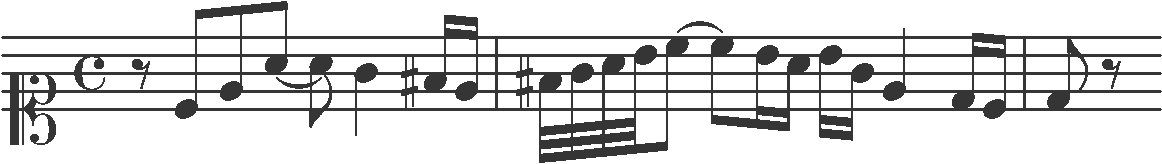
Transcription: clef-C1 timeSignature-C rest-eighth note-C4_eighth note-E4_eighth note-A4_eighth note-A4_eighth note-G4_quarter note-F#4_sixteenth note-E4_sixteenth barline note-F#4_thirty_second note-G4_thirty_second note-A4_thirty_second note-B4_thirty_second note-C5_eighth tie note-C5_eighth note-B4_sixteenth note-A4_sixteenth note-B4_sixteenth note-G4_sixteenth note-E4_quarter note-D4_sixteenth note-C4_sixteenth barline note-D4_eighth rest-eighth